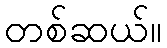
တစ်ဆယ်။